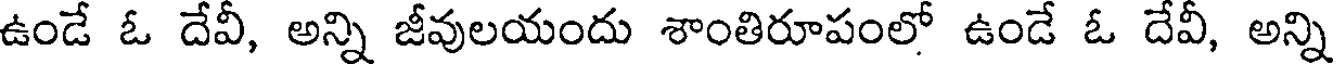
ఉండే ఓ దేవీ, అన్ని జీవులయందు శాంతిరూపంలో ఉండే ఓ దేవీ, అన్ని